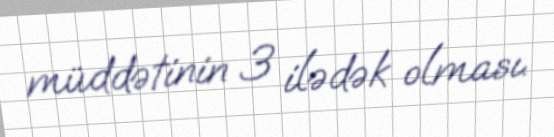
müddətinin 3 ilədək olması.